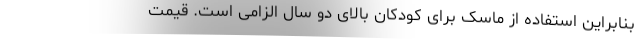
بنابراین استفاده از ماسک برای کودکان بالای دو سال الزامی است. قیمت